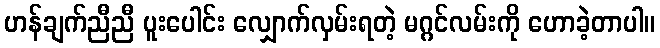
ဟန်ချက်ညီညီ ပူးပေါင်း လျှောက်လှမ်းရတဲ့ မဂ္ဂင်လမ်းကို ဟောခဲ့တာပါ။